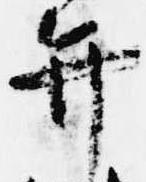
弁